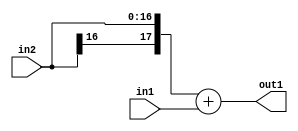
`timescale 1ps / 1ps
/*****************************************************************************
    Verilog RTL Description
    
    
    Created by: Stratus DpOpt 2019.1.01 
*******************************************************************************/

module st_weight_addr_gen_Add_17Sx9U_18S_4_8 (
	in2,
	in1,
	out1
	); /* architecture "behavioural" */ 
input [16:0] in2;
input [8:0] in1;
output [17:0] out1;
wire [17:0] asc001;

assign asc001 = 
	+({in2[16], in2})
	+(in1);

assign out1 = asc001;
endmodule

/* CADENCE  ubTxQwA= : u9/ySgnWtBlWxVPRXgAZ4Og= ** DO NOT EDIT THIS LINE ******/